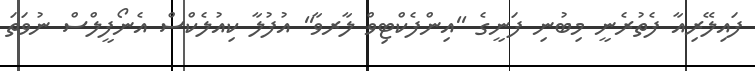
ފައިލޭރިއާ ފެތުރެނީ މިބުނި ފަނީގެ ''އިންފެކްޓިވް ލާރވާ'' އުފުލާ ކިއުލެކްސް އެނޯފީލްސް ނުވަތަ